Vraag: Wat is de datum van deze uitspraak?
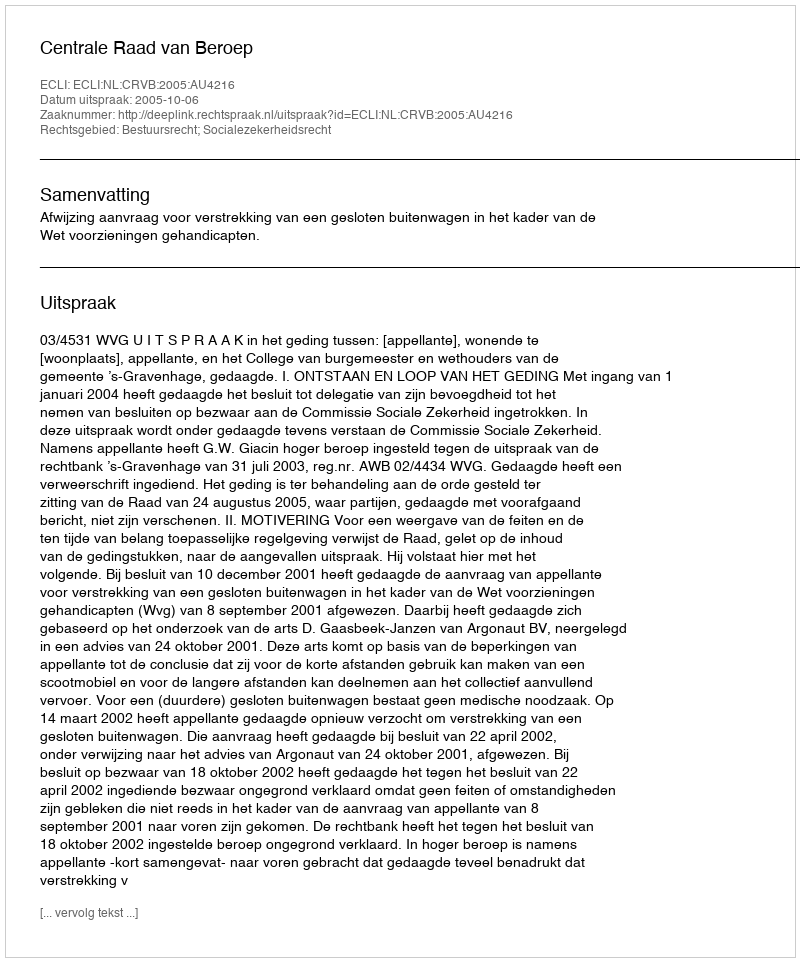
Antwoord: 2005-10-06